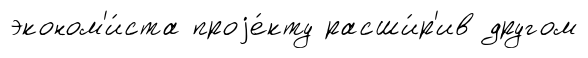
эконом'и́ста проjе́кту расши́р'ив другом